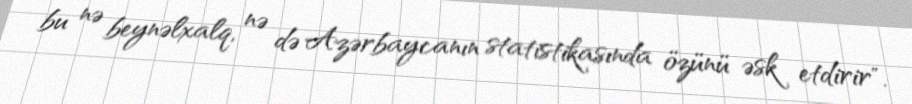
bu nə beynəlxalq, nə də Azərbaycanın statistikasında özünü əsk etdirir".